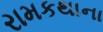
રામકથાના